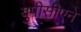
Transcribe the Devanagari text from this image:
युपीसीएने